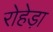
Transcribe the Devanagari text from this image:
रोहेड़ा